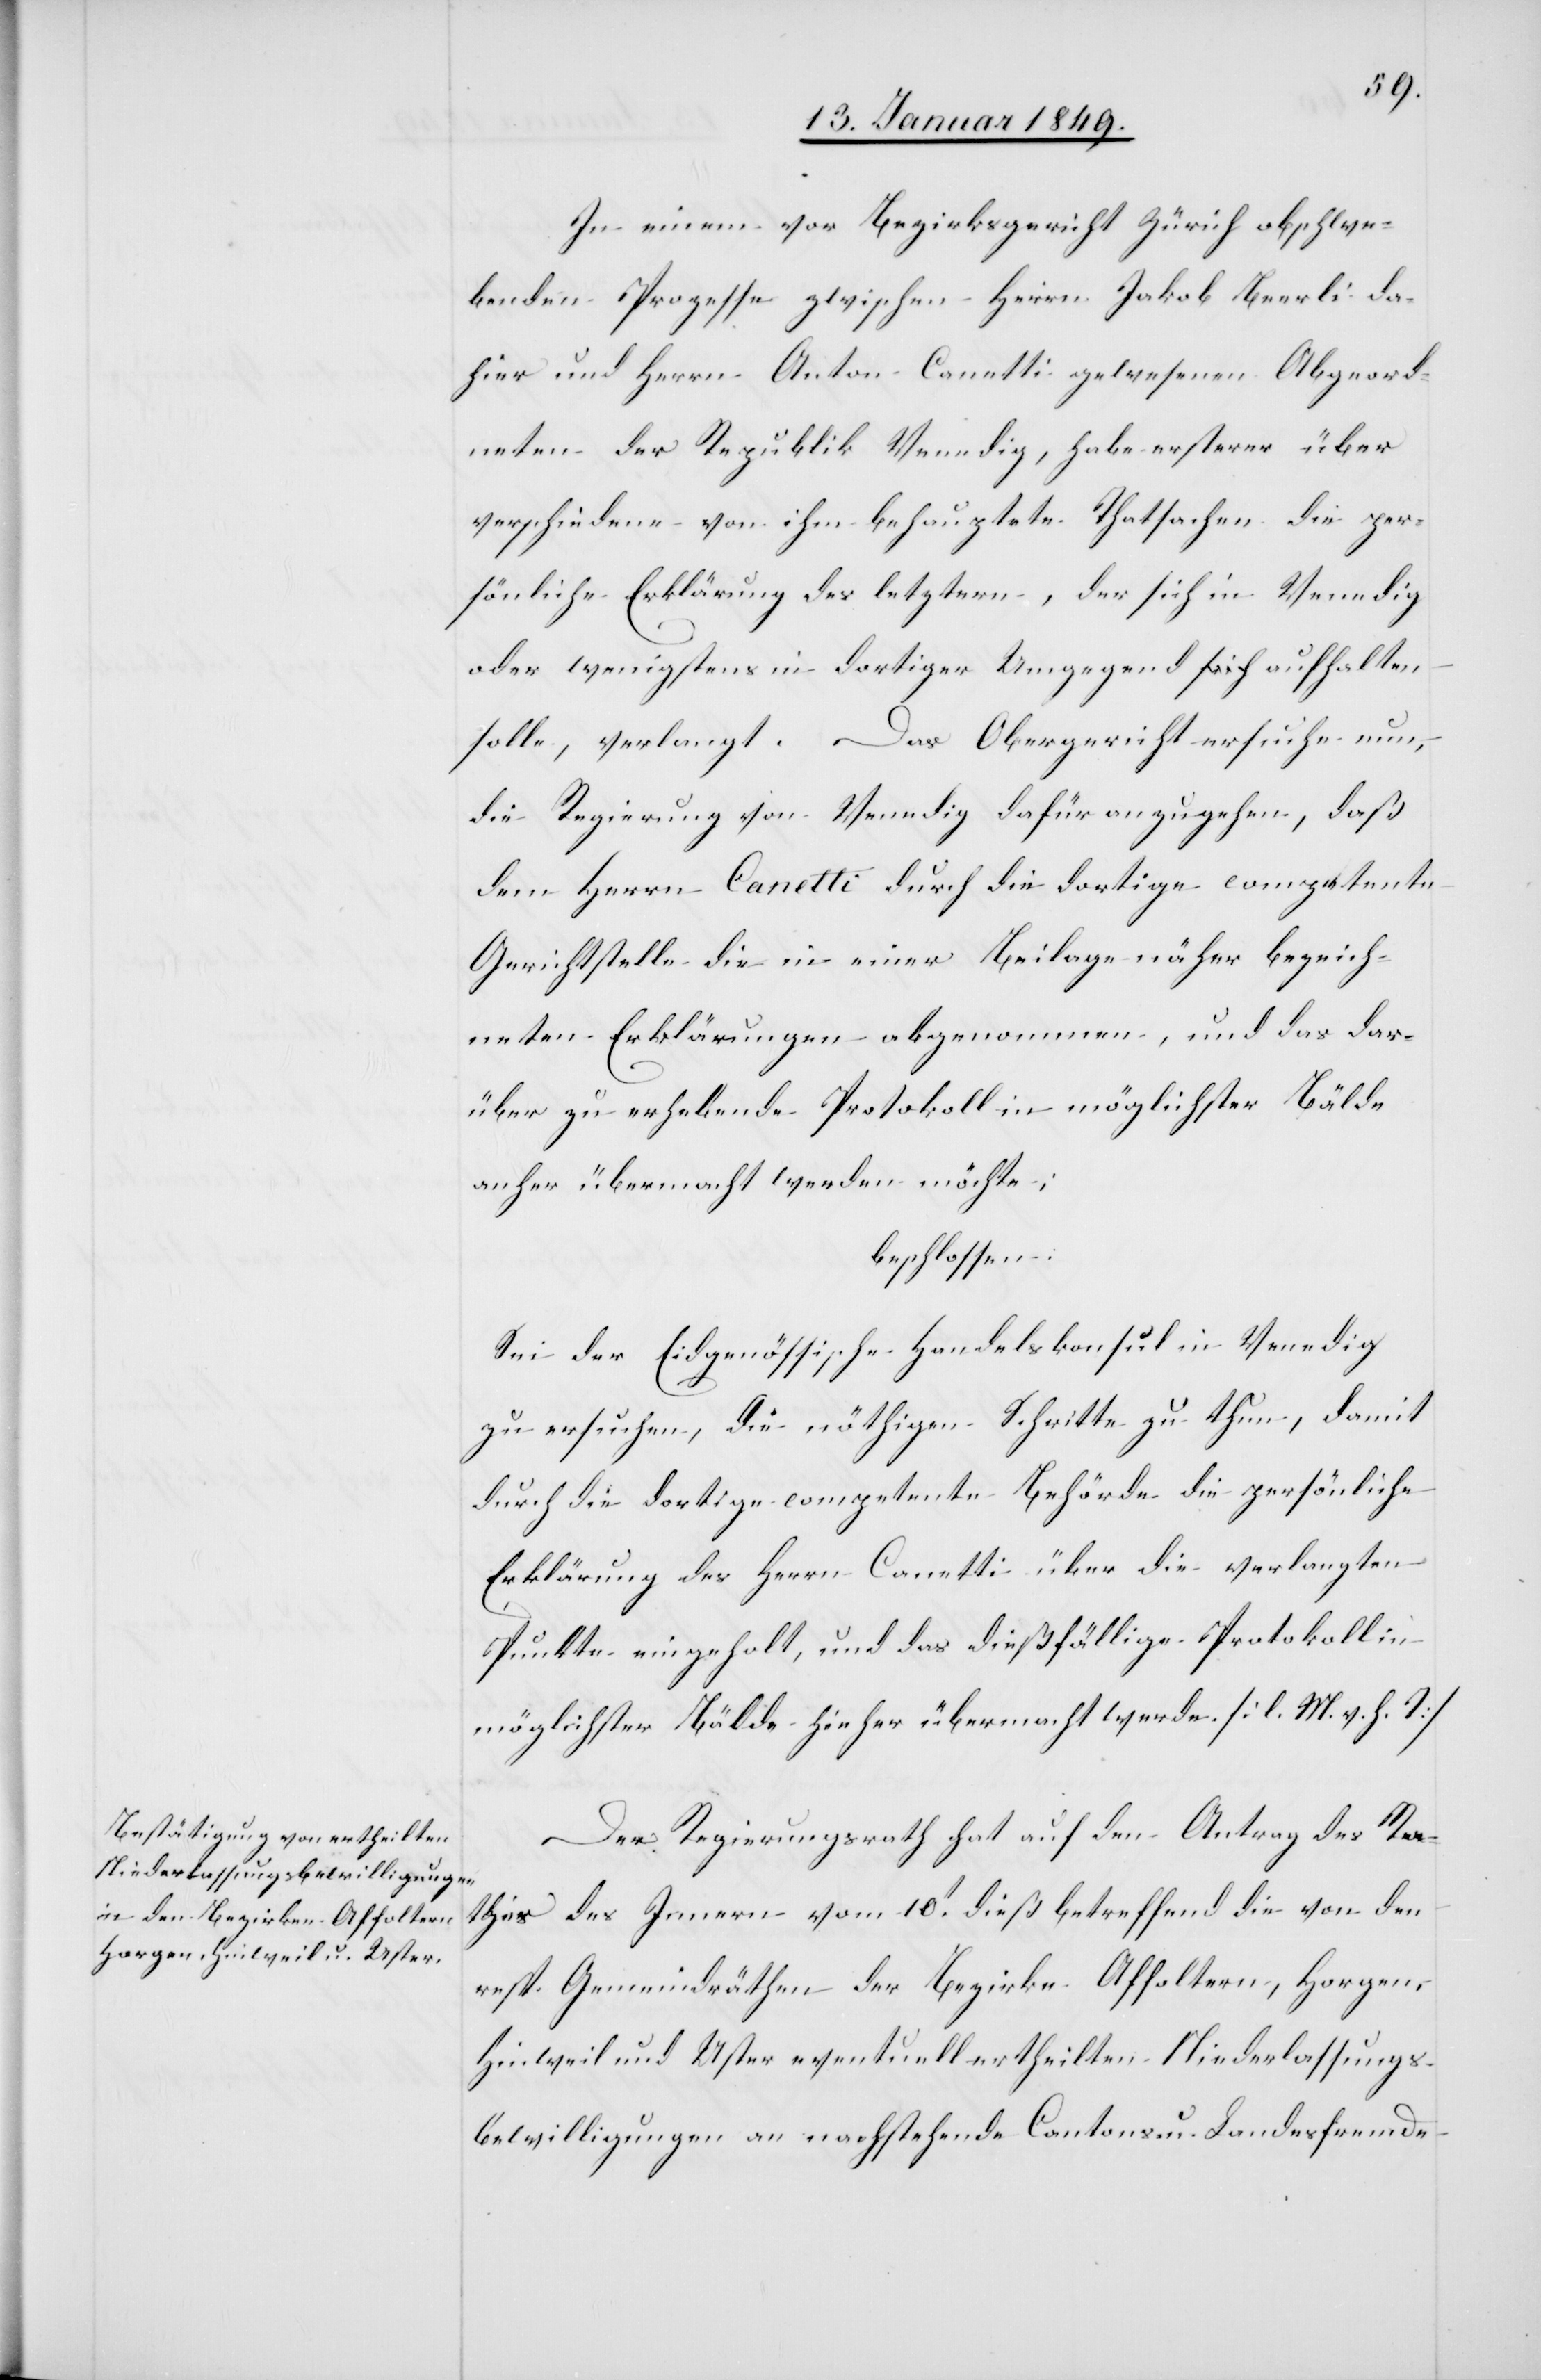
In einem vor Bezirksgericht Zürich obschwe¬
benden Prozesse zwischen Herrn Jakob Beerli da¬
hier und Herrn Anton Canetti gewesenen Abgeord¬
neten der Republik Venedig, habe ersterer über
verschiedene von ihm behauptete Thatsachen die per¬
sönliche Erklärung des letztern, der sich in Venedig
oder wenigstens in dortiger Umgegend aufhalten
solle, verlangt. Das Obergericht ersuche nun,
die Regierung von Venedig dafür anzugehen, daß
dem Herrn Canetti durch die dortige competente
Gerichtstelle die in einer Beilage näher bezeich¬
neten Erklärungen abgenommen, und das dar¬
über zu erhebende Protokoll in möglichster Bälde
anher übermacht werden möchte;
beschlossen:
Sei der Eidgenößische Handelskonsul in Venedig
zu ersuchen, die nöthigen Schritte zu thun, damit
durch die dortige competente Behörde die persönliche
Erklärung des Herrn Canetti über die verlangten
Punkte eingeholt, und das dießfällige Protokoll in
möglichster Bälde hieher übermacht werde. [l. M. v. h. T]
Der Regierungsrath hat auf den Antrag des Ra¬
thes des Innern vom 10t. dieß betreffend die von den
resp. Gemeindräthen der Bezirke Affoltern, Horgen,
Hinweil und Uster eventuell ertheilten Niederlassungs¬
bewilligungen an nachstehende Cantons- u. Landesfremde